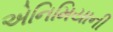
એનિમિયાની